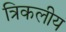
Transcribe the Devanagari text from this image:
त्रिकलीय